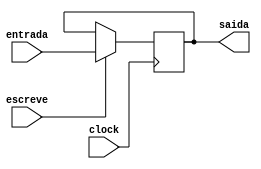
module registrador_2BITs(output reg [1:0] saida, input [1:0] entrada, input clock, escreve);

	always@(posedge clock)begin
		if(escreve == 1)
			saida<=entrada;
	end
endmodule